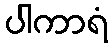
ပါကာရံ